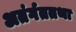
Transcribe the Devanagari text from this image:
अतंर्गततथा